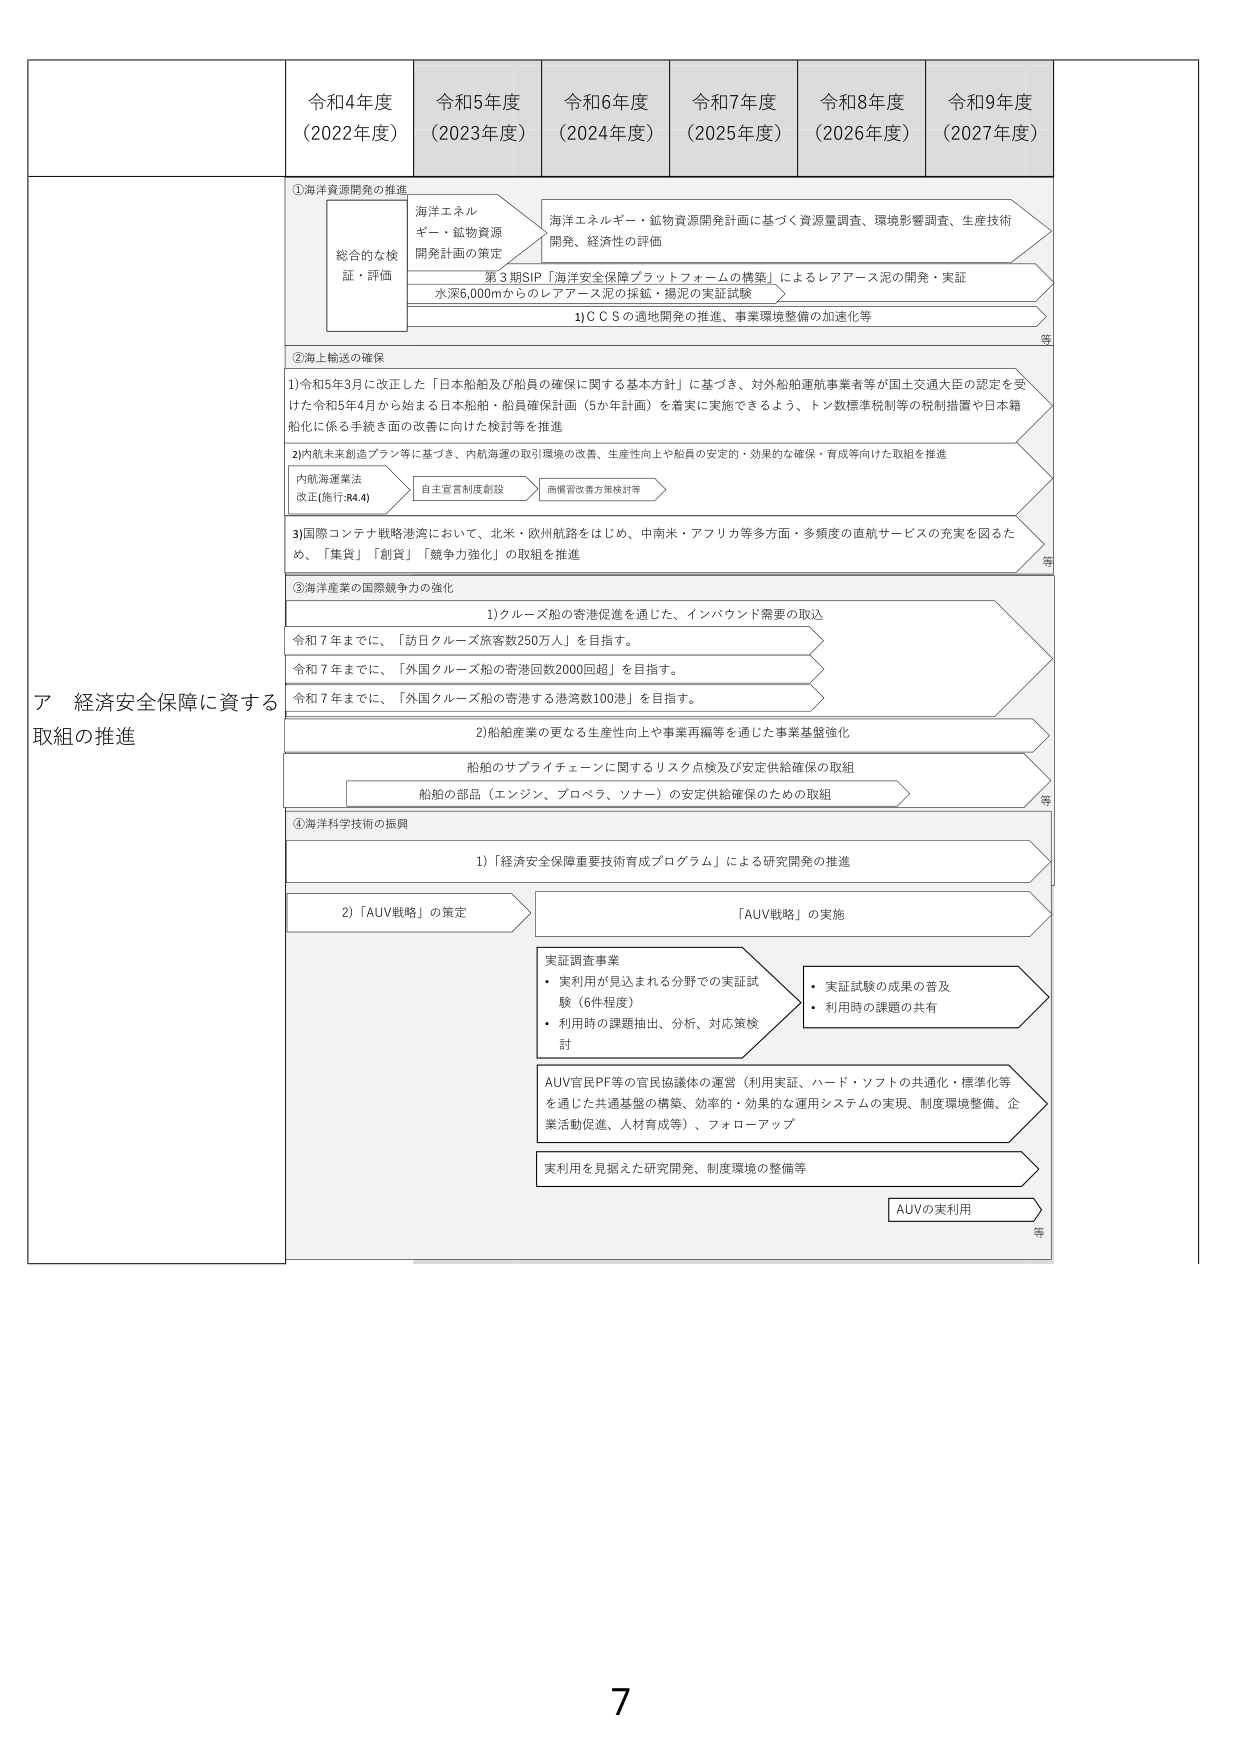
ア 経済安全保障に資する取組の推進

令和4年度（2022年度） 令和5年度（2023年度） 令和6年度（2024年度） 令和7年度（2025年度） 令和8年度（2026年度） 令和9年度（2027年度）

①海洋資源開発の推進
海洋エネルギー・鉱物資源開発計画の策定
総合的な検証・評価
海洋エネルギー・鉱物資源開発計画に基づく資源量調査、環境影響調査、生産技術開発、経済性の評価
第3期SIP「海洋安全保障プラットフォームの構築」によるレアアース泥の開発・実証
水深6,000mからのレアアース泥の採鉱・揚泥の実証試験
1）CCSの適地開発の推進、事業環境整備の加速化等
等

②海上輸送の確保
1）令和5年3月に改正した「日本船舶及び船員の確保に関する基本方針」に基づき、対外船舶運航事業者等が国土交通大臣の認定を受けた令和5年4月から始まる日本船舶・船員確保計画（5か年計画）を着実に実施できるよう、トン数標準税制等の税制措置や日本籍船化に係る手続き面の改善に向けた検討等を推進
2）内航未来創造プラン等に基づき、内航海運の取引環境の改善、生産性向上や船員の安定的・効率的な確保・育成等向けた取組を推進
内航海運業法改正（施行：R4.4）
自主宣言制度創設
商慣習改善方策検討等
3）国際コンテナ戦略港湾において、北米・欧州航路をはじめ、中南米・アフリカ等多方面・多頻度の直航サービスの充実を図るため、「集貨」「創貨」「競争力強化」の取組を推進
等

③海洋産業の国際競争力の強化
1）クルーズ船の寄港促進を通じた、インバウンド需要の取込
令和7年までに、「訪日クルーズ旅客数250万人」を目指す。
令和7年までに、「外国クルーズ船の寄港回数2000回超」を目指す。
令和7年までに、「外国クルーズ船の寄港する港湾数100港」を目指す。
2）船舶産業の更なる生産性向上や事業再編等を通じた事業基盤強化
船舶のサプライチェーンに関するリスク点検及び安定供給確保の取組
船舶の部品（エンジン、プロペラ、ソナー）の安定供給確保のための取組
等

④海洋科学技術の振興
1）「経済安全保障重要技術育成プログラム」による研究開発の推進
2）「AUV戦略」の策定
「AUV戦略」の実施
実証調査事業
・実利用が見込まれる分野での実証試験（6件程度）
・利用時の課題抽出、分析、対応策検討
・実証試験の成果の普及
・利用時の課題の共有
AUV官民PF等の官民協議体の運営（利用実証、ハード・ソフトの共通化・標準化等を通じた共通基盤の構築、効率的・効果的な運用システムの実現、制度環境整備、企業活動促進、人材育成等）、フォローアップ
実利用を見据えた研究開発、制度環境の整備等
AUVの実利用
等

7